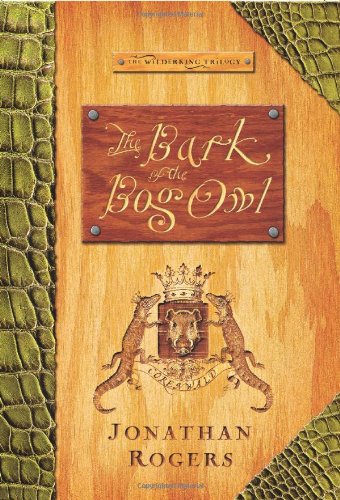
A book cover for The Bark Of The Bog Owl (The Wilderking Trilogy); Jonathan Rogers; Religion & Spirituality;